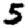
Digit: 5